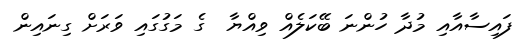
ފައިސާއާއި މުދާ ހުންނަ ބޭކަލެއް ވިއްޔާ  ގެ މަގުގައި ވަރަށް ގިނައިން